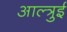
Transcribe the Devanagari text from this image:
आल्त्रुई